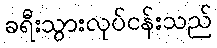
ခရီးသွားလုပ်ငန်းသည်